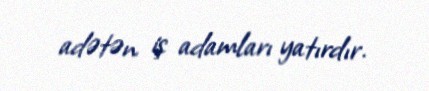
adətən iş adamları yatırdır.